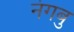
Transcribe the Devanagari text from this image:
नंगबु